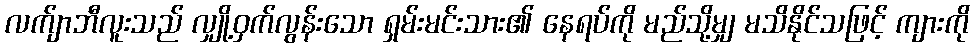
လက်ျာဘီလူးသည် လျှို့ဝှက်လွန်းသော ရှမ်းမင်းသား၏ နေရပ်ကို မည်သို့မျှ မသိနိုင်သဖြင့် ကျားကို